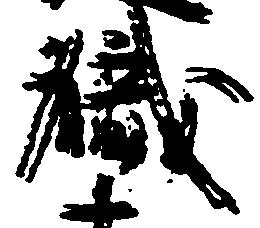
職